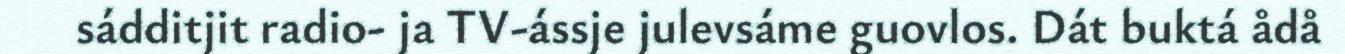
sádditjit radio- ja TV-ássje julevsáme guovlos. Dát buktá ådå